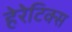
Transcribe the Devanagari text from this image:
हेरेटिक्स